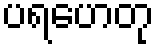
ပရဟေတု